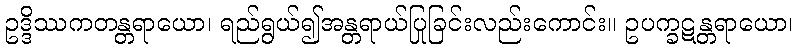
ဥဒ္ဒိဿကတန္တရာယော၊ ရည်ရွယ်၍အန္တရာယ်ပြုခြင်းလည်းကောင်း။ ဥပက္ခဋန္တရာယော၊